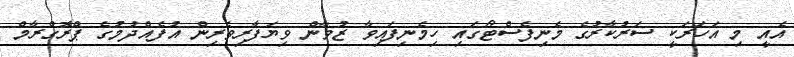
އެއީ މި އަހަރަކީ ސަރުކާރުގެ މެނިފެސްޓޯގައި ހިމެނިފައިވާ ޒުވާން ވިޔަފާރިވެރިން އުފެއްދުމުގެ ޕްރޮގްރާމް